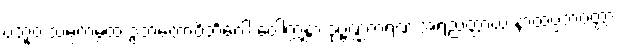
ဗဘူဝ သမ္ပကမ္ပထ ဥဘတောဝိဘင်္ဂေါ ဝေါက္ကန္တာ ဒုဗ္ဗဏ္ဏကရဏံ အရညတ္ထာယ နာထပ္ပဘဝတ္တာ